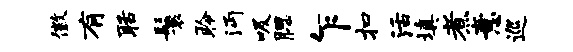
徽有聒鬟聆沔吸腮乍扣活填煮意巡